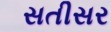
સતીસર